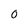
Character: O